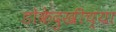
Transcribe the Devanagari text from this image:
डोकेदुखीच्या